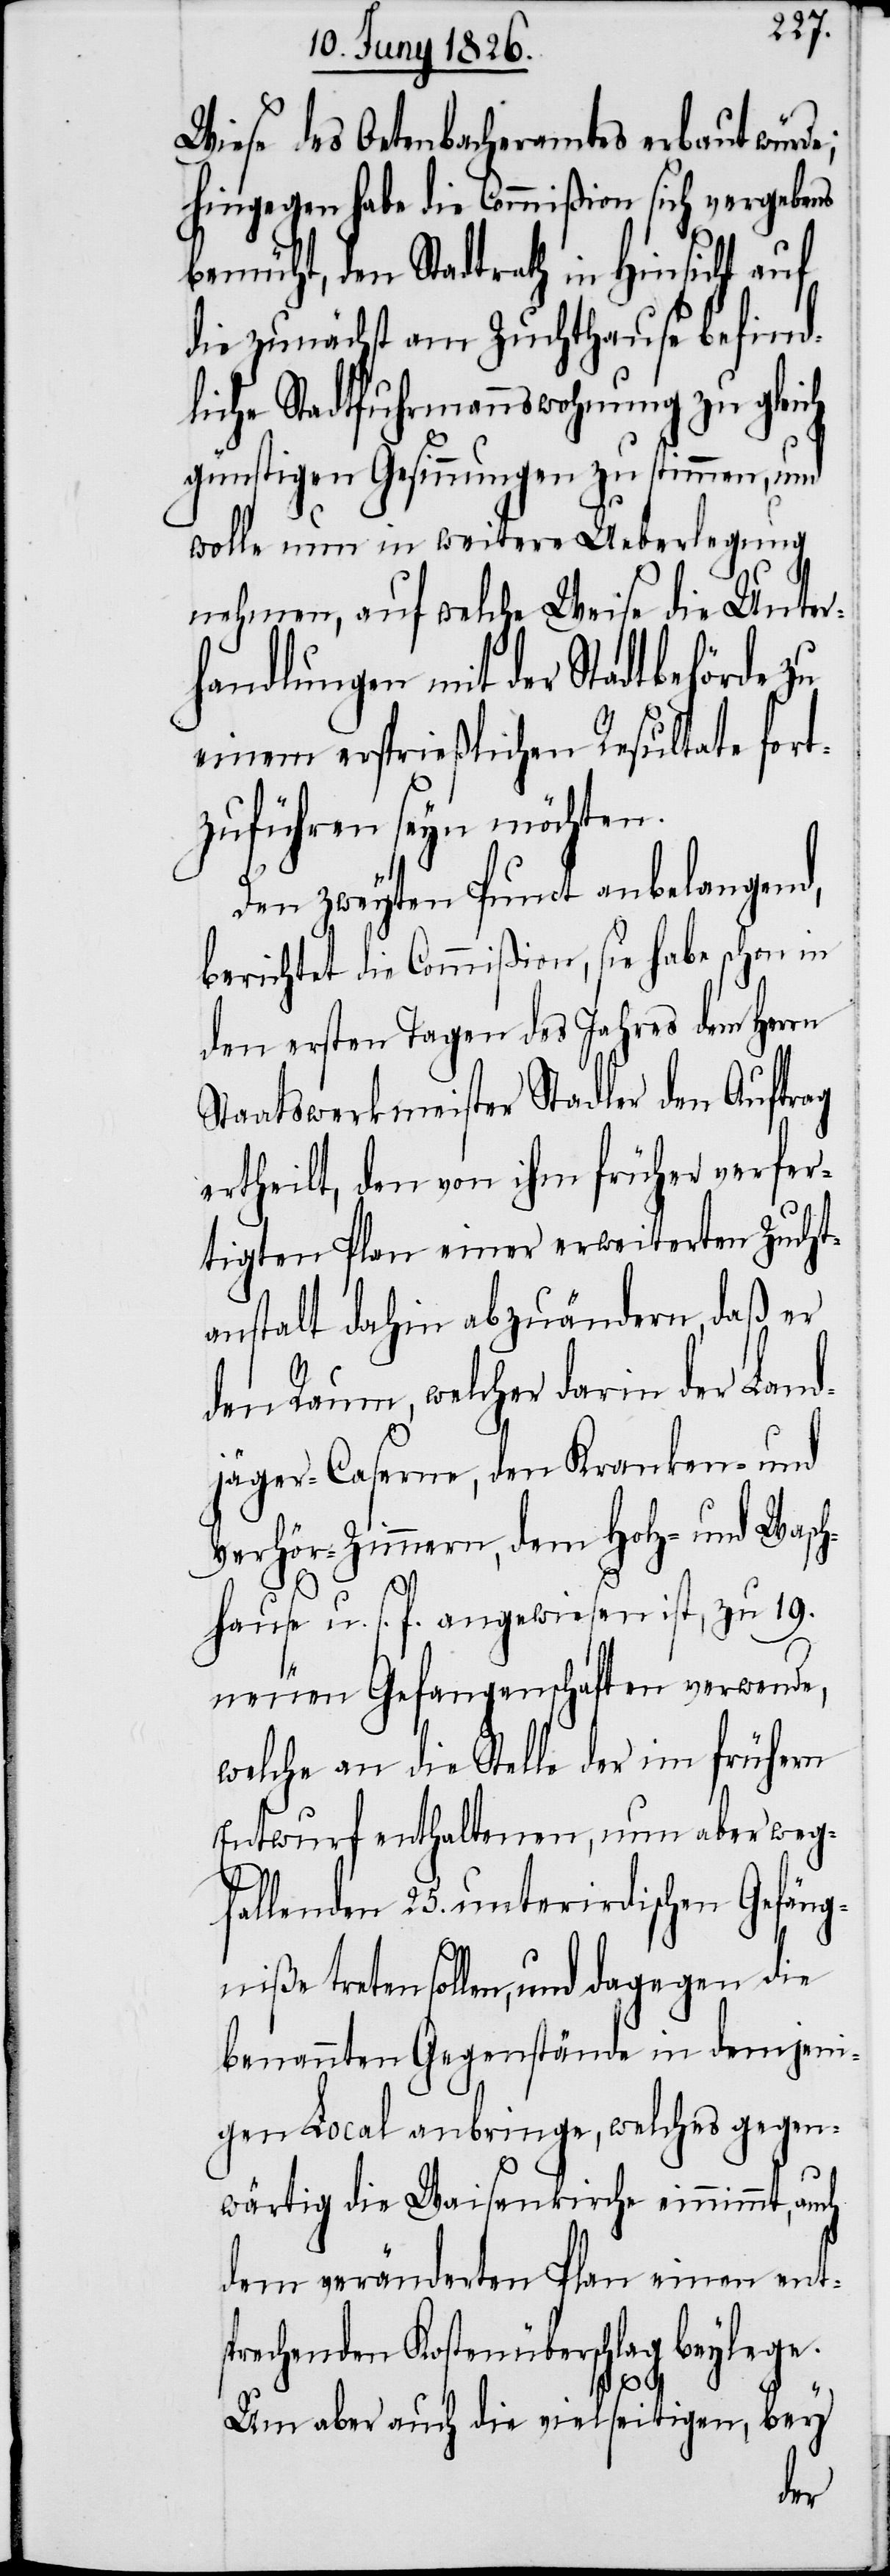
Wiese des Oetenbacheramtes erbaut würde;
hingegen habe die Commißion sich vergebens
bemüht, den Stadtrath in Hinsicht auf
die zunächst am Zuchthause befind¬
lichen Stadtfuhrmannswohnung zu gleich
günstigen Gesinnungen zu stimmen, und
wolle nun in weitere Ueberlegung
nehmen, auf welche Weise die Unter¬
handlungen mit der Stadtbehörde zu
einem ersprießlichen Resultate fort¬
zuführen seyn möchten.
Den zweyten Punct anbelangend,
berichtet die Commißion, sie habe schon in
den ersten Tagen des Jahres dem Herrn
Staatswerkmeister Stadler den Auftrag
ertheilt, den von ihm früher verfer¬
tigten Plan einer erweiterten Zucht¬
anstalt dahin abzuändern, daß er
den Raum, welcher darin der Land¬
jäger-Caserne, den Kranken- und
Verhör-Zimmern, dem Holz- und Wasch¬
hause u. s. f. angewiesen ist, zu 19.
neuen Gefangenschaften verwende,
welche an die Stelle der im frühern
Entwurf enthaltenen, nun aber weg¬
fallenden 25. unterirdischen Gefäng¬
niße treten sollen, und dagegen die
benannten Gegenstände in demjeni¬
gen Local anbringe, welches gegen¬
wärtig die Waisenkirche einnimmt, auch
dem veränderten Plan einen ent¬
sprechenden Kostenüberschlag beylege.
Um aber auch die vielseitigen, bey